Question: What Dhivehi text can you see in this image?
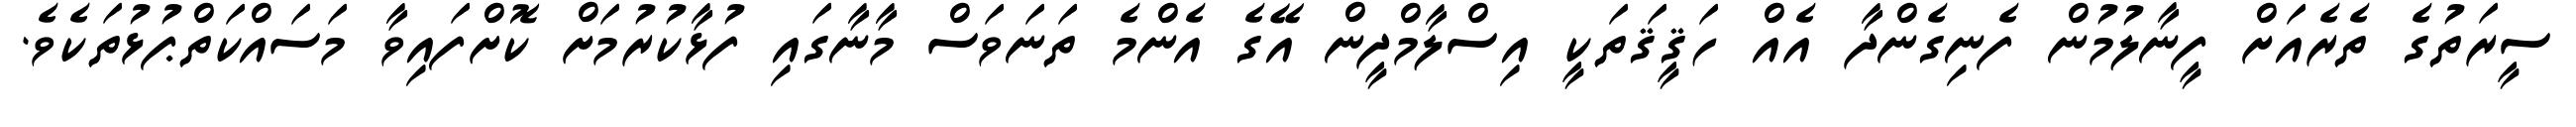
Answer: ސީރަތުގެ ތެރެއަށް ފީނާލުމުން ފެނިގެންދާ އެއް ހަޤީޤަތަކީ އިސްލާމްދީން އޭގެ އެންމެ ތަނަވަސް މާނާގައި ފުޅާކުރުމަށް ކޮށްފައިވާ މަސައްކަތްޕުޅުތަކެވެ.